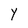
Character: Y